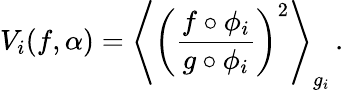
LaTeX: V_{i}(f,\alpha)=\left\langle\left(\frac{f\circ\phi_{i}}{g\circ\phi_{i}}\right)^{2}\right\rangle_{g_{i}}\, .